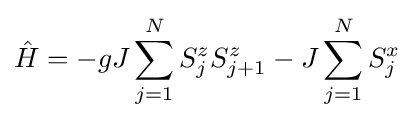
{\hat {H}}=-gJ\sum _{j=1}^{N}S_{j}^{z}S_{j+1}^{z}-J\sum _{j=1}^{N}S_{j}^{x}